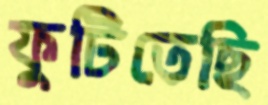
ফুটিতেছি